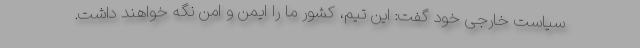
سیاست خارجی خود گفت: این تیم، کشور ما را ایمن و امن نگه خواهند داشت.